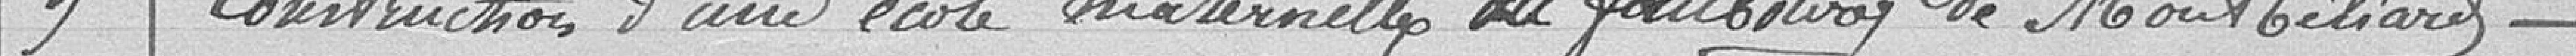
9. Construction d'une école maternelle au faubourg de Montbéliard